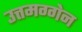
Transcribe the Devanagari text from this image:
उत्तमग्गेन